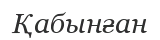
Қабынған